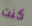
كنت